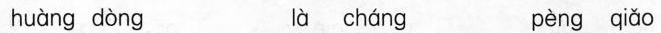
huàng dòng là cháng pèng qiǎo